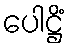
ပေါဋ္ဌိံ